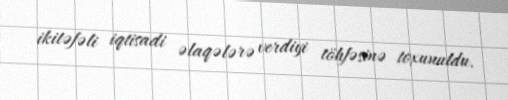
ikitəfəli iqtisadi əlaqələrə verdiyi töhfəsinə toxunuldu.